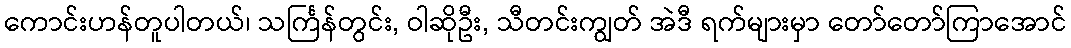
ကောင်းဟန်တူပါတယ်၊ သင်္ကြန်တွင်း, ဝါဆိုဦး, သီတင်းကျွတ် အဲဒီ ရက်များမှာ တော်တော်ကြာအောင်